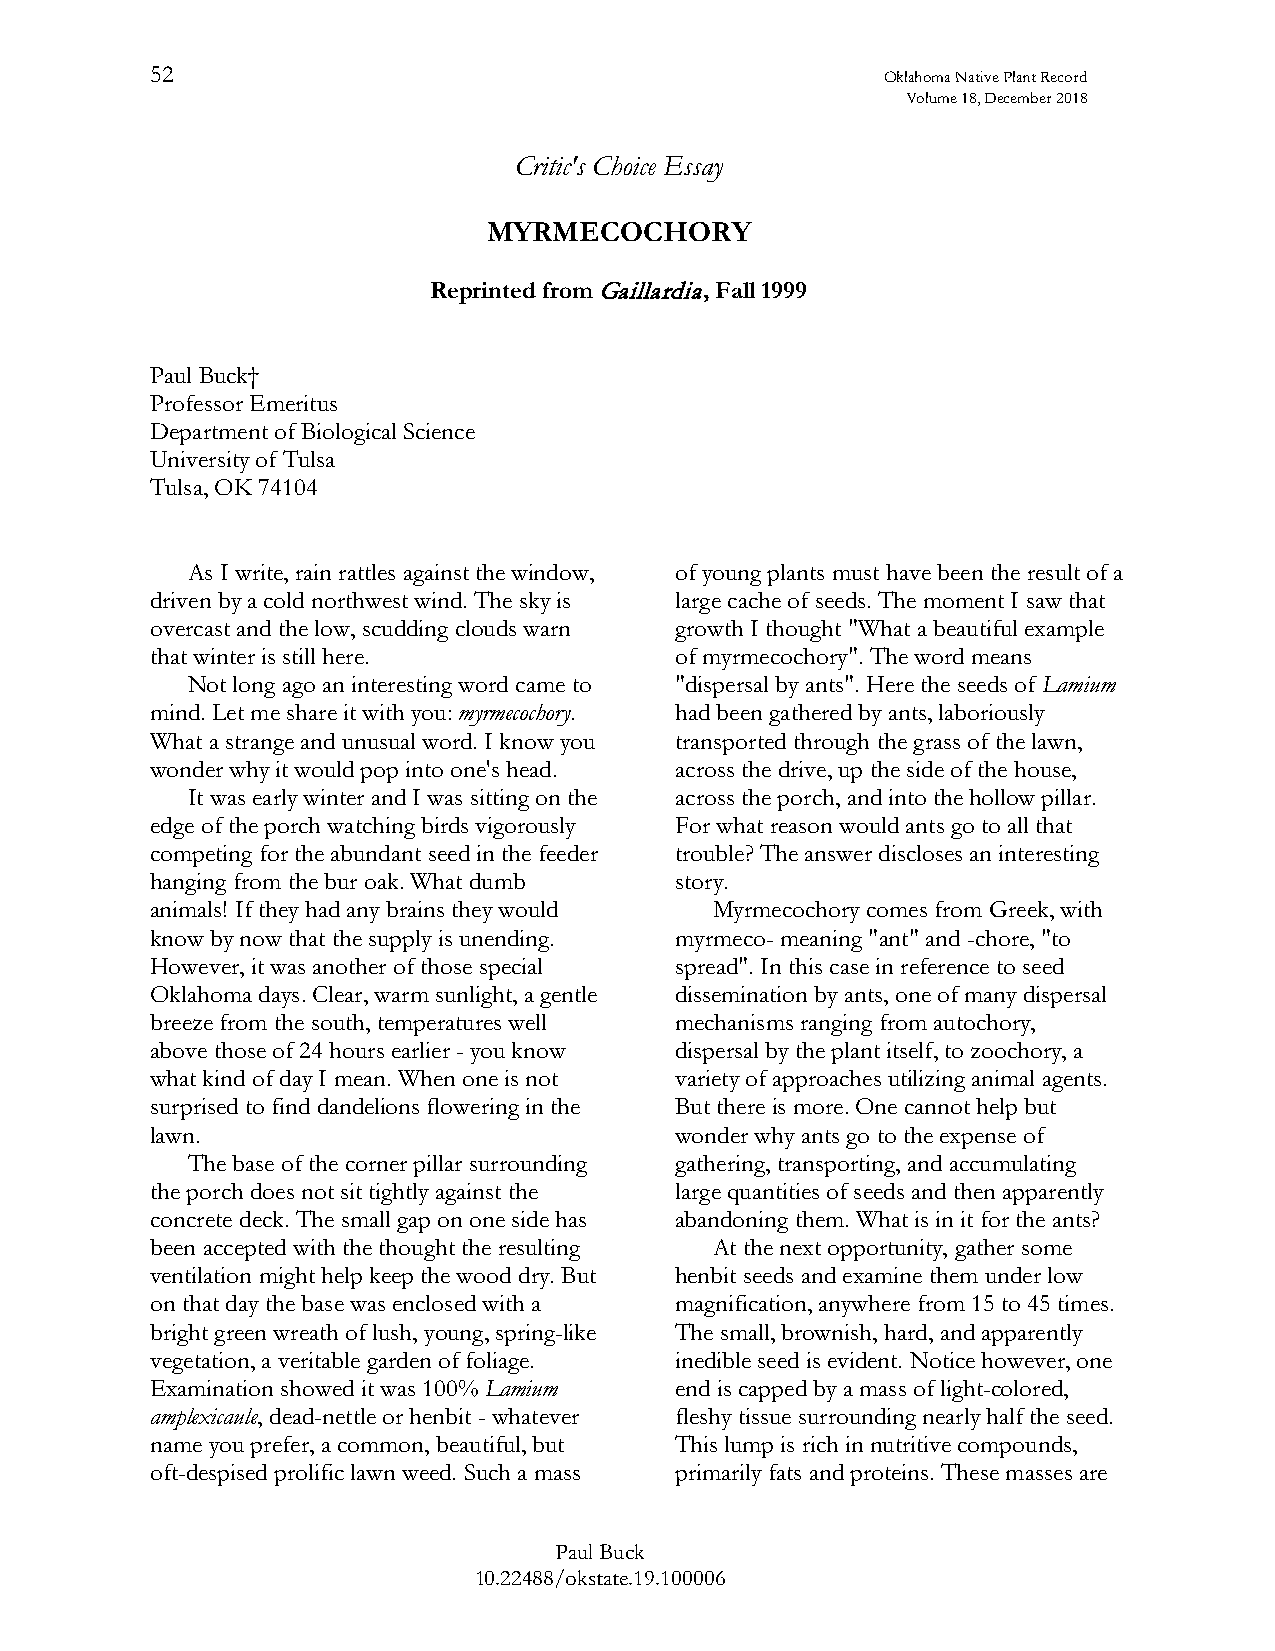
52                                               Oklahoma Native Plant Record
 Volume 18, December 2018
 Critic's Choice Essay
 MYRMECOCHORY
 Reprinted from Gaillardia, Fall 1999
 Paul Buck†
 Professor Emeritus
 Department of Biological Science
 University of Tulsa
 Tulsa, OK 74104
 As I write, rain rattles against the window, of young plants must have been the result of a
 driven by a cold northwest wind. The sky is large cache of seeds. The moment I saw that
 overcast and the low, scudding clouds warn growth I thought "What a beautiful example
 that winter is still here.         of myrmecochory". The word means
 Not long ago an interesting word came to "dispersal by ants". Here the seeds of Lamium
 mind. Let me share it with you: myrmecochory. had been gathered by ants, laboriously
 What a strange and unusual word. I know you transported through the grass of the lawn,
 wonder why it would pop into one's head. across the drive, up the side of the house,
 It was early winter and I was sitting on the across the porch, and into the hollow pillar.
 edge of the porch watching birds vigorously For what reason would ants go to all that
 competing for the abundant seed in the feeder trouble? The answer discloses an interesting
 hanging from the bur oak. What dumb story.
 animals! If they had any brains they would Myrmecochory comes from Greek, with
 know by now that the supply is unending. myrmeco- meaning "ant" and -chore, "to
 However, it was another of those special spread". In this case in reference to seed
 Oklahoma days. Clear, warm sunlight, a gentle dissemination by ants, one of many dispersal
 breeze from the south, temperatures well mechanisms ranging from autochory,
 above those of 24 hours earlier - you know dispersal by the plant itself, to zoochory, a
 what kind of day I mean. When one is not variety of approaches utilizing animal agents.
 surprised to find dandelions flowering in the But there is more. One cannot help but
 lawn.                              wonder why ants go to the expense of
 The base of the corner pillar surrounding gathering, transporting, and accumulating
 the porch does not sit tightly against the large quantities of seeds and then apparently
 concrete deck. The small gap on one side has abandoning them. What is in it for the ants?
 been accepted with the thought the resulting At the next opportunity, gather some
 ventilation might help keep the wood dry. But henbit seeds and examine them under low
 on that day the base was enclosed with a magnification, anywhere from 15 to 45 times.
 bright green wreath of lush, young, spring-like The small, brownish, hard, and apparently
 vegetation, a veritable garden of foliage. inedible seed is evident. Notice however, one
 Examination showed it was 100% Lamium end is capped by a mass of light-colored,
 amplexicaule, dead-nettle or henbit - whatever fleshy tissue surrounding nearly half the seed.
 name you prefer, a common, beautiful, but This lump is rich in nutritive compounds,
 oft-despised prolific lawn weed. Such a mass primarily fats and proteins. These masses are
 Paul Buck
 10.22488/okstate.19.100006